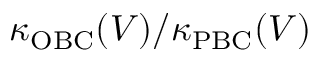
\kappa _ { \mathrm { O B C } } ( V ) / \kappa _ { \mathrm { P B C } } ( V )